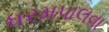
ધરમપાલવા